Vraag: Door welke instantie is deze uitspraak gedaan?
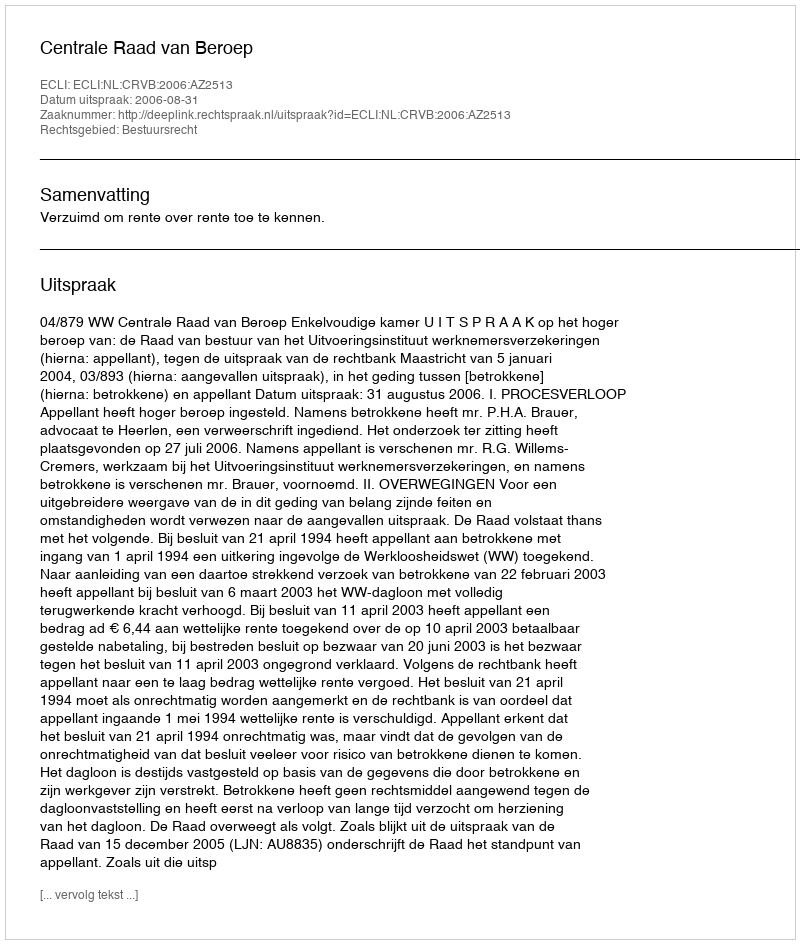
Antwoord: Centrale Raad van Beroep